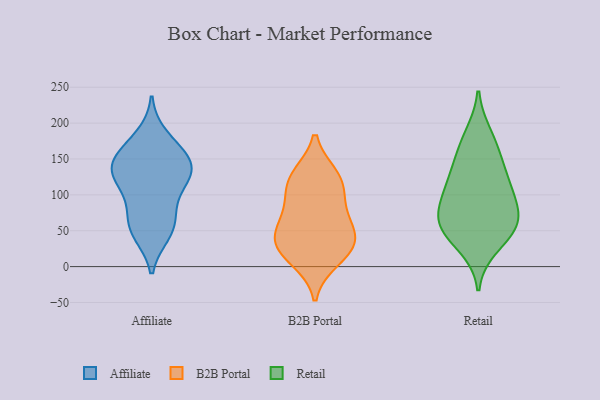
{"axis": {"x": "Humidity (%)", "y": "Value"}, "legend": ["Affiliate", "B2B Portal", "Retail"], "data": [{"x": "", "y": 161, "type": "Affiliate"}, {"x": "", "y": 46, "type": "Affiliate"}, {"x": "", "y": 160, "type": "Affiliate"}, {"x": "", "y": 54, "type": "Affiliate"}, {"x": "", "y": 142, "type": "Affiliate"}, {"x": "", "y": 93, "type": "Affiliate"}, {"x": "", "y": 141, "type": "Affiliate"}, {"x": "", "y": 128, "type": "Affiliate"}, {"x": "", "y": 125, "type": "Affiliate"}, {"x": "", "y": 136, "type": "Affiliate"}, {"x": "", "y": 75, "type": "Affiliate"}, {"x": "", "y": 52, "type": "Affiliate"}, {"x": "", "y": 118, "type": "Affiliate"}, {"x": "", "y": 182, "type": "Affiliate"}, {"x": "", "y": 126, "type": "B2B Portal"}, {"x": "", "y": 112, "type": "B2B Portal"}, {"x": "", "y": 47, "type": "B2B Portal"}, {"x": "", "y": 66, "type": "B2B Portal"}, {"x": "", "y": 28, "type": "B2B Portal"}, {"x": "", "y": 38, "type": "B2B Portal"}, {"x": "", "y": 10, "type": "B2B Portal"}, {"x": "", "y": 82, "type": "B2B Portal"}, {"x": "", "y": 122, "type": "B2B Portal"}, {"x": "", "y": 26, "type": "B2B Portal"}, {"x": "", "y": 89, "type": "Retail"}, {"x": "", "y": 108, "type": "Retail"}, {"x": "", "y": 57, "type": "Retail"}, {"x": "", "y": 143, "type": "Retail"}, {"x": "", "y": 66, "type": "Retail"}, {"x": "", "y": 52, "type": "Retail"}, {"x": "", "y": 72, "type": "Retail"}, {"x": "", "y": 107, "type": "Retail"}, {"x": "", "y": 167, "type": "Retail"}, {"x": "", "y": 183, "type": "Retail"}, {"x": "", "y": 51, "type": "Retail"}, {"x": "", "y": 127, "type": "Retail"}, {"x": "", "y": 28, "type": "Retail"}]}